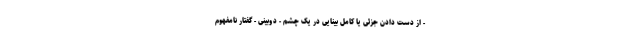
- از دست دادن جزئی یا کامل بینایی در یک چشم - دوبینی - گفتار نامفهوم